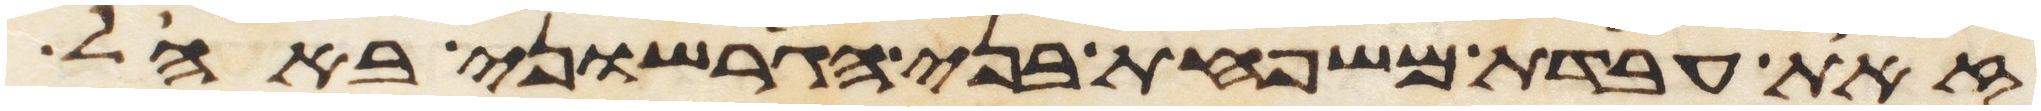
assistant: זאת עבדת משפחת בני הגרשוני באהל